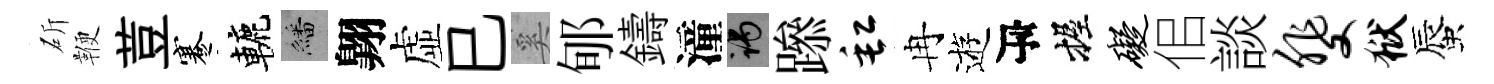
斫鞭荳蹇轆繙翺虚巳奚郇鑄潼谒𨅶缸冉逰瓴握碍佀談斐狱蜃